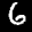
Label: 6